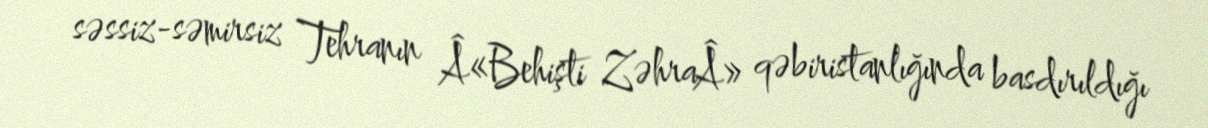
səssiz-səmirsiz Tehranın Â«Behişti ZəhraÂ» qəbiristanlığında basdırıldığı